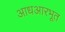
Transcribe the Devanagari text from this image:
आधआरभूत